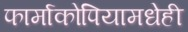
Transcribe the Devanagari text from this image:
फार्माकोपियामधेही